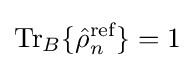
{\text{Tr}}_{B}\{{\hat {\rho }}_{n}^{\text{ref}}\}=1